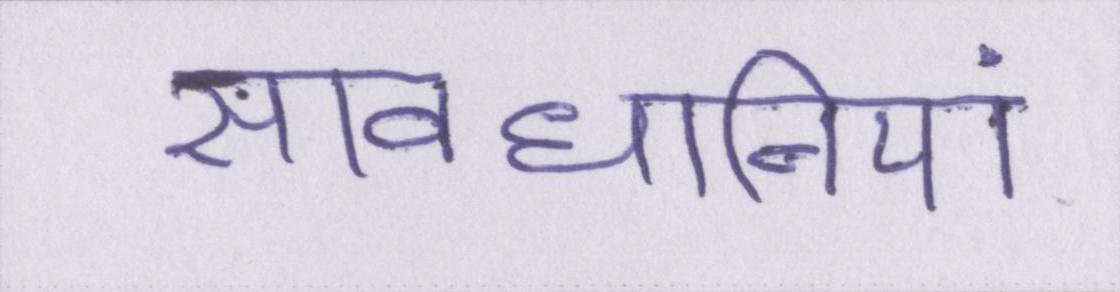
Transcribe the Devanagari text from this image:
सावधानियां